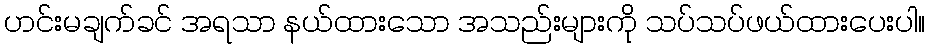
ဟင်းမချက်ခင် အရသာ နယ်ထားသော အသည်းများကို သပ်သပ်ဖယ်ထားပေးပါ။